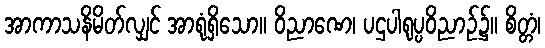
အာကာသနိမိတ်လျှင် အာရုံရှိသော။ ဝိညာဏေ၊ ပဌပါရုပ္ပဝိညာဉ်၌။ စိတ္တံ၊